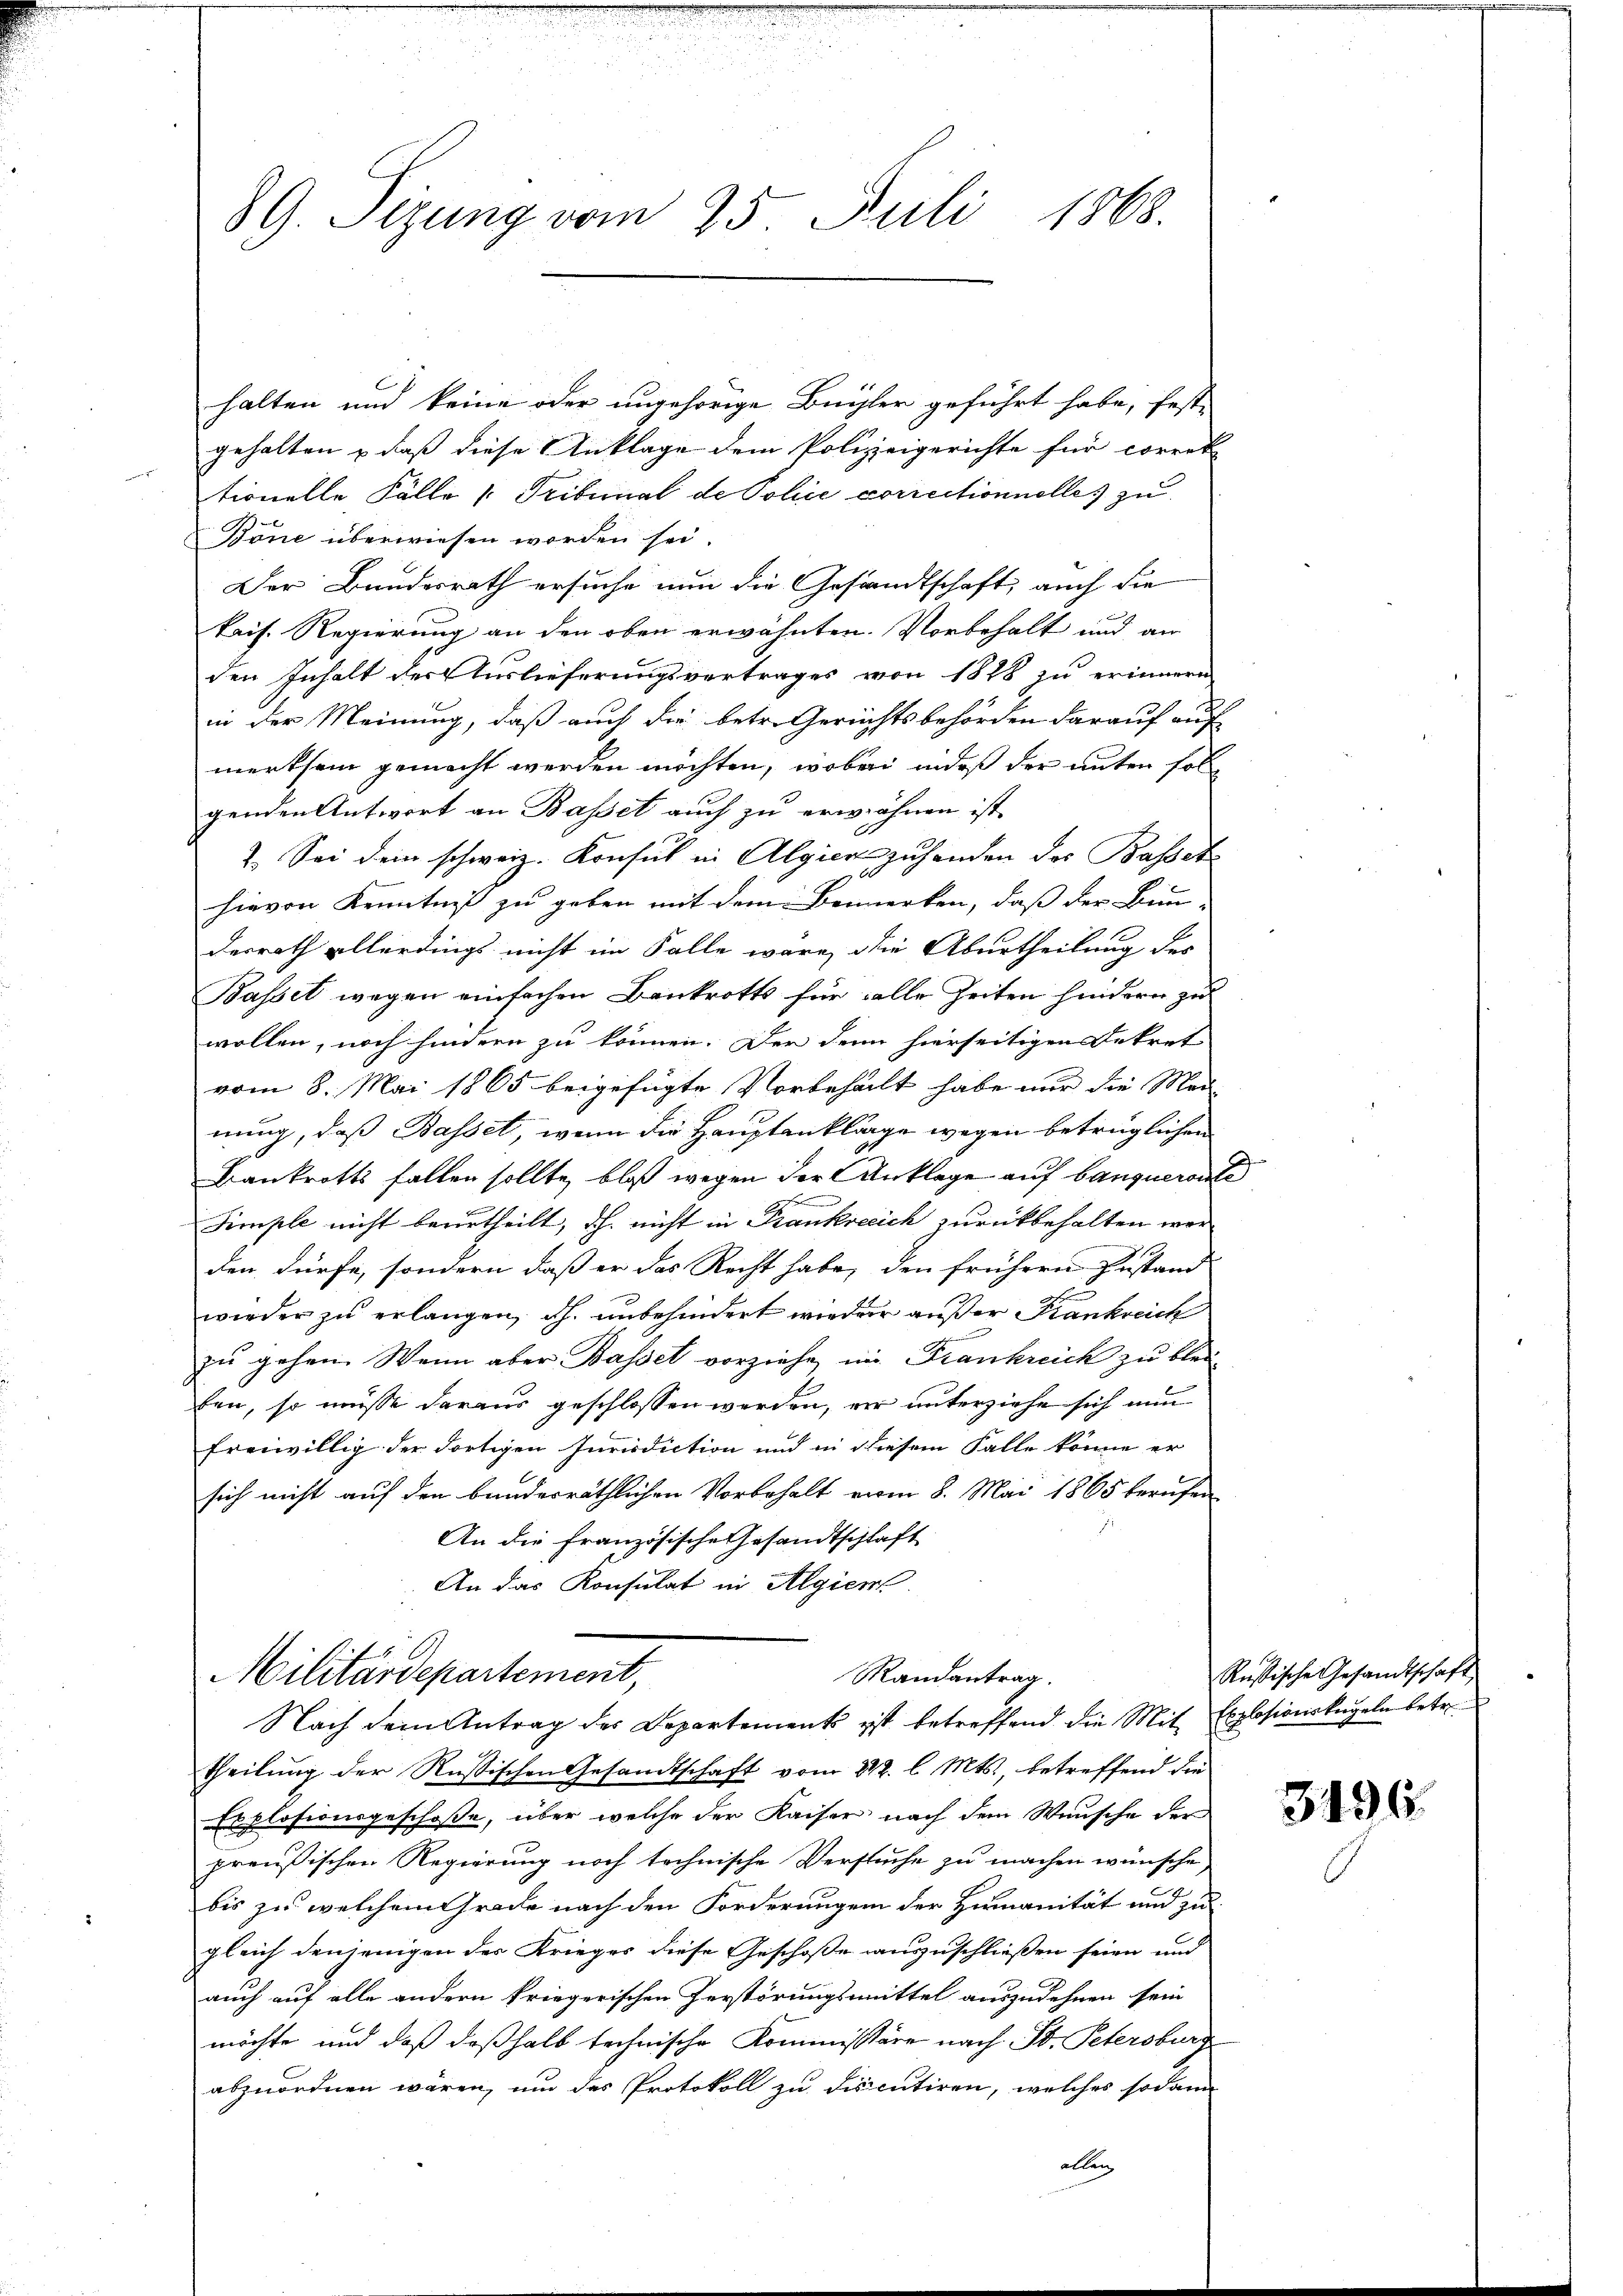
89. Sizung vom 25. Juli 1868.

halten und keine oder ungehörige Büchler geführt habe, fest-
gehalten & daß diese Anklage dem Polizeigerichte für correk
tionelle Fälle u Tribunal de Police correctionnelles zu
Böne überwiesen worden sei.
Der Bundesrath ersuche nun die Gesandtschaft, auch die
kais. Regierung an den oben erwähnten. Vorbehalt und an
den Inhalt der Auslieferungsvertrages von 1828 zu erinnern
in der Meinung, daß auch die betr. Gerichtsbehörden darauf auf
merksam gemacht werden möchten, wobei indeß der unter soll
genden Antwort an Basset auch zu erwähnen ist.
7. Sei dem schweiz. Konsul in Algiers zuhanden des Bassetz
hievon Kenntniß zu geben mit dem Bemerken, daß der Bun-
derrath allerdings nicht im Falle wäre, die Aburtheilung des
Basset wegen einfachen Bankrotts für alle Zeiten hindern zu
wollen, noch hindern zu können. Der denn hierseitigen Dekret
vom 8. Mai 1865 beigefügte Vorbehalt habe nur die Med
nung, daß Basset, wenn die Hauptankläge wegen betrüglichen
Bankrotts fallen sollte, bloß wegen der Anklage auf banqueronte
Simple nicht beurtheilt, dh. nicht in Frankrecich zurückbehalten wor
den dürfe, sondern daß er das Recht habe, den frühern Zustand
wieder zu erlangen, dh. unbehindert wieder außer Krankreich
zu gehen. Wenn aber Basset vorziehe, im Frankreich zu blei
ben, so müsse daraus geschlossen werden, er unterziehe sich nun
freiwillig der dortigen Iurisdiction und in diesem Falle könne er
sich nicht auf den bunderräthlichen Vorbehalt vom 8. Mai 1865 berufen
An die französische Gesandtschlaft
An das Konsulat in Algier

Militärdepartement,
Randantrag.
Nach dem Antrag des Departements ist betreffend die Mit Explosionskugeln betr.

theilung der Rußischen Gesandtschaft vom 212. l. Mts., betreffend die
Esplosionsgeschoße, über welche der Kaiser nach dem Wunsche der
preußischen Regierung noch technische Versuche zu machen wünsche,
bis zu welchem trocke nach den Forderungen der Humanität und zu
gleich denjenigen der Krieges diese Geschoße auszuschließen seien und
auch auf alle andern kriegerischen Zerstörungsmittel auszudehnen sein
möchte und daß deßhalb technische Kommissäre nach St. Petersburg
abzuordnen wären, um das Protokoll zu discutiren, welches sodann
allen

Rußische Gesandtschaft

3496.